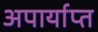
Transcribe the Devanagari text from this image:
अपार्याप्त